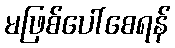
မဖြစ်ပေါ်စေရန်